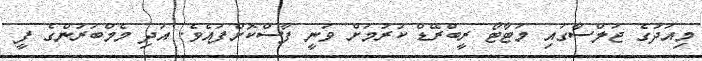
މިއަދުގެ ޖަލްސާގައި މަޓާޓޯ ރީބްރޭޑް ކުރުމަށް ވަނީ ފާސްކޮށްފައެވެ. އަދި މެމްބަރުންގެ ފީ